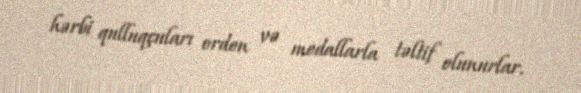
hərbi qulluqçuları orden və medallarla təltif olunurlar.